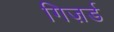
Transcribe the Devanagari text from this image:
गिज़र्ड